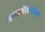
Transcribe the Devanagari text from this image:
प्रणालींकरीता